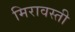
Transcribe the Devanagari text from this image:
मिरावस्ती